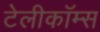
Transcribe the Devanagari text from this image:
टेलीकॉम्स